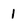
Character: 1